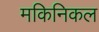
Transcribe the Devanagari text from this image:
मकिनिकल